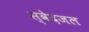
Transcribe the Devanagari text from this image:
स्वेदजल